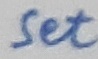
Text: Set